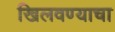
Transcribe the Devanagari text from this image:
खिलवण्याचा